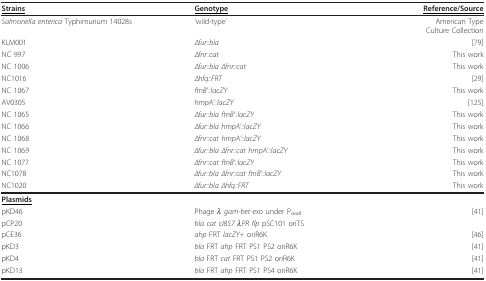
<table><thead><tr><td><b><underline>Strains</underline></b></td><td><b><underline>Genotype</underline></b></td><td><b><underline>Reference/Source</underline></b></td></tr></thead><tbody><tr><td><i>Salmonella enterica </i>Typhimurium 14028s</td><td>&#x27;wild-type&#x27;</td><td>American TypeCulture Collection</td></tr><tr><td>KLM001</td><td><i>Δfur::bla</i></td><td>[79]</td></tr><tr><td>NC 997</td><td><i>Δfnr::cat</i></td><td>This work</td></tr><tr><td>NC 1006</td><td><i>Δfur::bla Δfnr::cat</i></td><td>This work</td></tr><tr><td>NC1016</td><td><i>Δhfq::FRT</i></td><td>[29]</td></tr><tr><td>NC 1067</td><td><i>ftnB&#x27;::lacZY</i></td><td>This work</td></tr><tr><td>AV0305</td><td><i>hmpA&#x27;::lacZY</i></td><td>[125]</td></tr><tr><td>NC 1065</td><td><i>Δfur::bla ftnB&#x27;::lacZY</i></td><td>This work</td></tr><tr><td>NC 1066</td><td><i>Δfur::bla hmpA&#x27;::lacZY</i></td><td>This work</td></tr><tr><td>NC 1068</td><td><i>Δfnr::cat hmpA&#x27;::lacZY</i></td><td>This work</td></tr><tr><td>NC 1069</td><td><i>Δfur::bla Δfnr::cat hmpA&#x27;::lacZY</i></td><td>This work</td></tr><tr><td>NC 1077</td><td><i>Δfnr::cat ftnB&#x27;::lacZY</i></td><td>This work</td></tr><tr><td>NC1078</td><td><i>Δfur::bla Δfnr::cat ftnB&#x27;::lacZY</i></td><td>This work</td></tr><tr><td>NC1020</td><td><i>Δfur::bla Δhfq::FRT</i></td><td>This work</td></tr><tr><td><b><underline>Plasmids</underline></b></td><td></td><td></td></tr><tr><td>pKD46</td><td>Phage <i>λ gam-bet-exo </i>under P<i><sub>araB</sub></i></td><td>[41]</td></tr><tr><td>pCP20</td><td><i>bla cat cI857 λPR flp </i>pSC101 oriTS</td><td></td></tr><tr><td>pCE36</td><td><i>ahp </i>FRT <i>lacZY+ </i>oriR6K</td><td>[46]</td></tr><tr><td>pKD3</td><td><i>bla </i>FRT <i>ahp </i>FRT PS1 PS2 oriR6K</td><td>[41]</td></tr><tr><td>pKD4</td><td><i>bla </i>FRT <i>cat </i>FRT PS1 PS2 oriR6K</td><td>[41]</td></tr><tr><td>pKD13</td><td><i>bla </i>FRT <i>ahp </i>FRT PS1 PS4 oriR6K</td><td>[41]</td></tr></tbody></table>